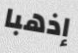
إذهبا